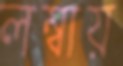
লম্বায়